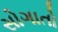
સોગાતો